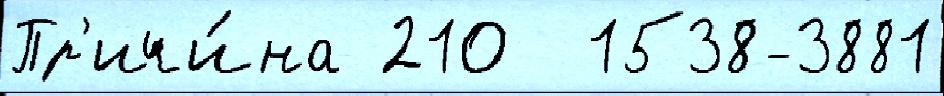
Пр'ичи́на 210  1538-3881